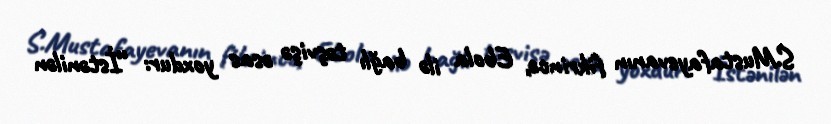
S.Mustafayevanın fikrincə, Ebola ilə bağlı təşvişə əsas yoxdur: “İstənilən